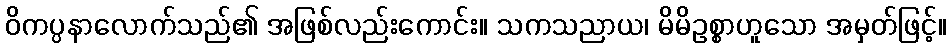
ဝိကပ္ပနာလောက်သည်၏ အဖြစ်လည်းကောင်း။ သကသညာယ၊ မိမိဥစ္စာဟူသော အမှတ်ဖြင့်။